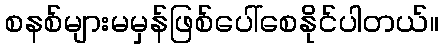
စနစ်များမမှန်ဖြစ်ပေါ်စေနိုင်ပါတယ်။